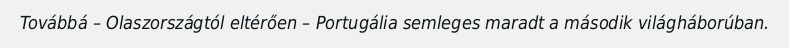
Továbbá – Olaszországtól eltérően – Portugália semleges maradt a második világháborúban.